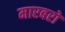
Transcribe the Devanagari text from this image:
मारबरो